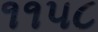
૧૧૫૮